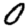
Digit: 0